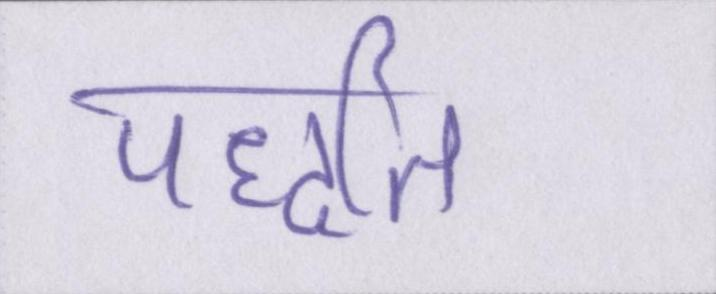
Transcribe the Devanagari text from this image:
पद्धति